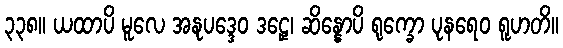
၃၃၈။ ယထာပိ မူလေ အနုပဒ္ဒေဝ ဒဠှေ၊ ဆိန္နောပိ ရုက္ခော ပုနရေဝ ရူဟတိ။